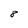
Character: 8